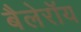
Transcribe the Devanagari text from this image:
बैलेरॉय